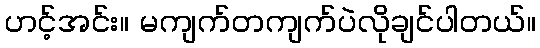
ဟင့်အင်း။ မကျက်တကျက်ပဲလိုချင်ပါတယ်။